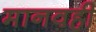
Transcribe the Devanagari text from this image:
मानवही